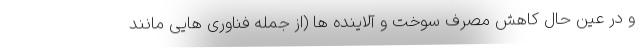
و در عین حال کاهش مصرف سوخت و آلاینده ها (از جمله فناوری هایی مانند